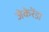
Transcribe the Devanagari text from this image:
जेकेरेंडा